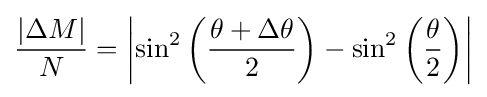
{\frac {\vert \Delta M\vert }{N}}=\left\vert \sin ^{2}\left({\frac {\theta +\Delta \theta }{2}}\right)-\sin ^{2}\left({\frac {\theta }{2}}\right)\right\vert